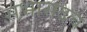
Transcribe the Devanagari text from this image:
सभासदच